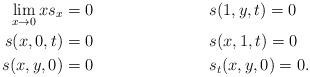
LaTeX: \begin{align*}\lim_{x \rightarrow 0} x s_x &= 0 &&s(1,y,t) = 0 \\s(x, 0, t) &= 0 &&s(x, 1, t) = 0 \\s(x, y, 0) &= 0 &&s_t(x,y,0) = 0.\end{align*}